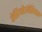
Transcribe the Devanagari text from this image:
रेडियोलेरियन